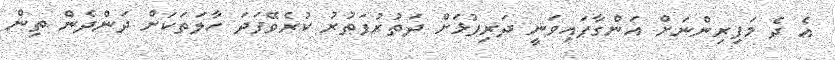
އެ ދެ މަފިރިންނަށް އަންގާފައިވަނީ ދަރިފުޅަށް ދަތުރުފަތުރު ކުރެވޭފަދަ ހާލަތަކަށް ދަންދެން ތިން